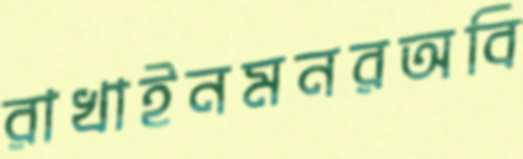
রাখাইনমনরঅবি